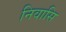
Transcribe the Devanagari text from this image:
निवासि